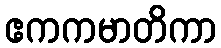
ဧကကမာတိကာ